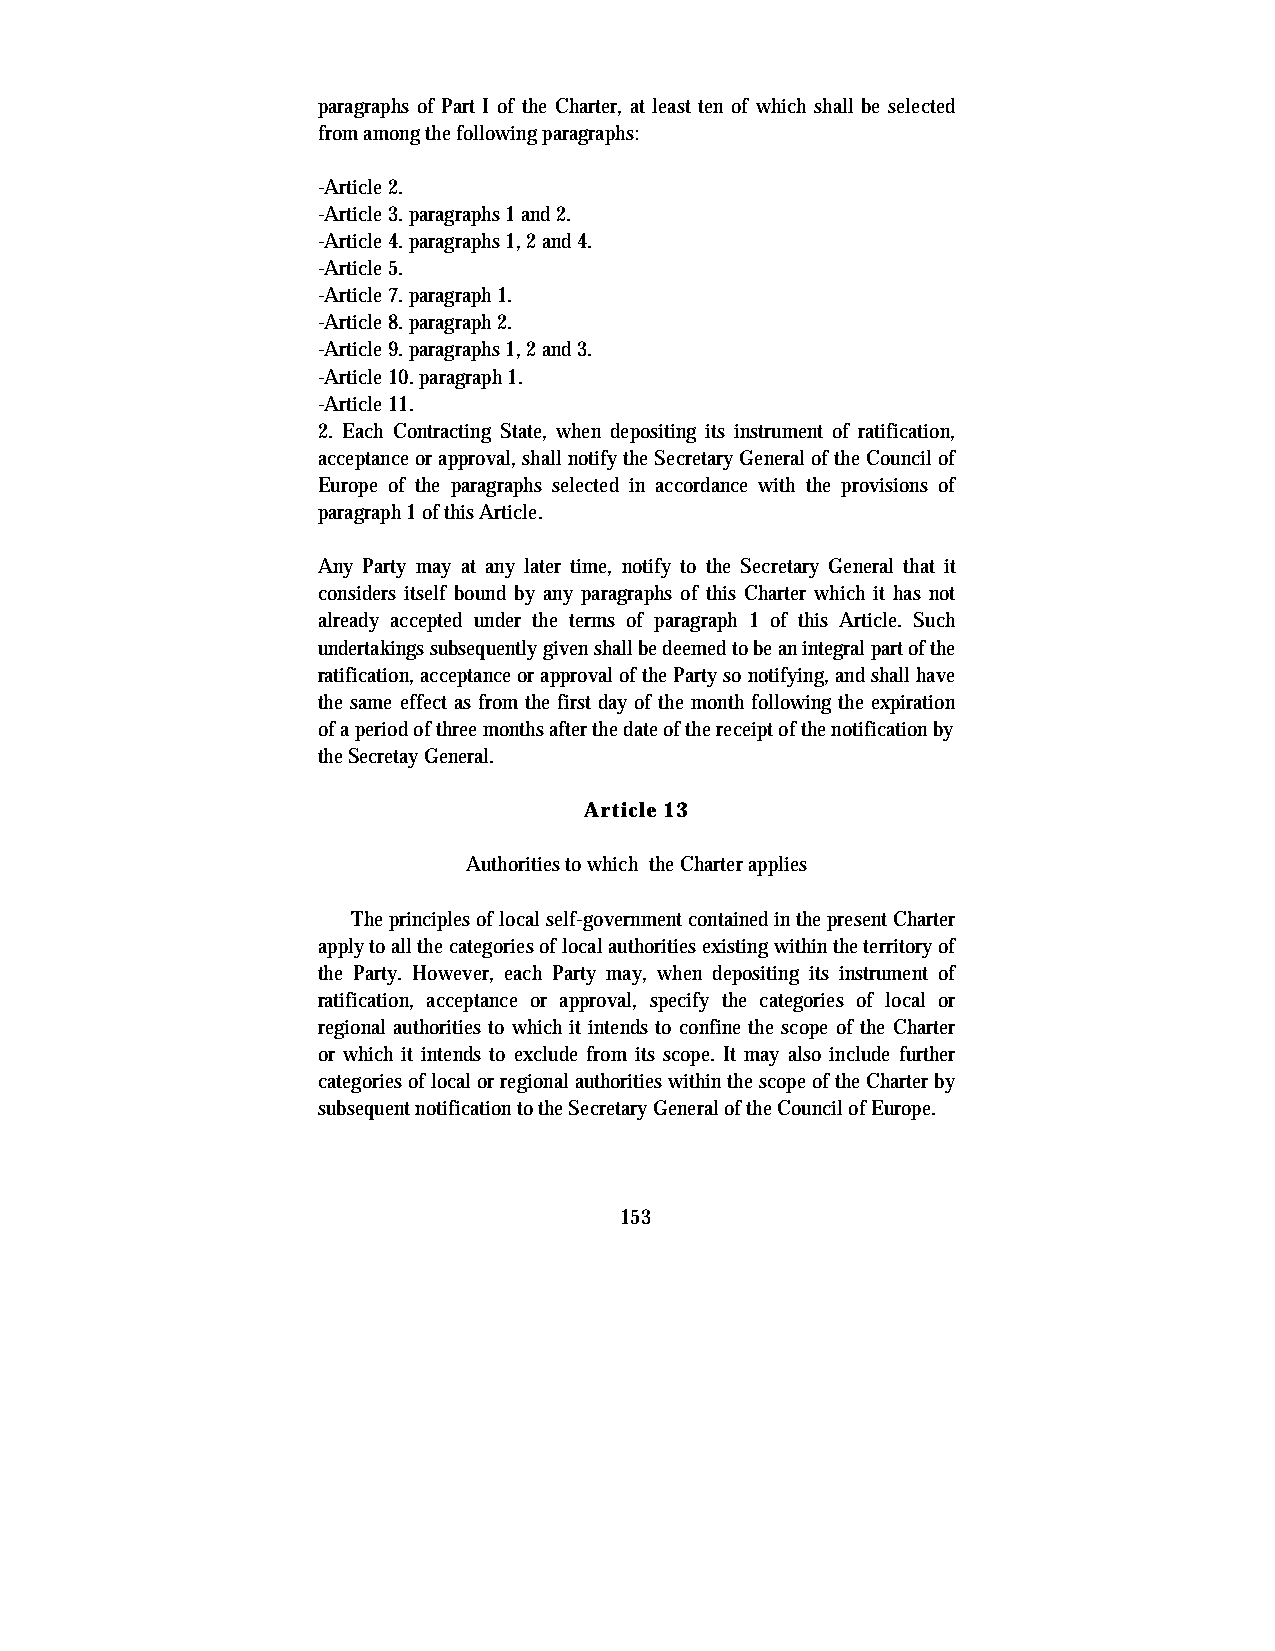
paragraphs of Part I of the Charter, at least ten of which shall be selected
 from among the following paragraphs:
 -Article 2.
 -Article 3. paragraphs 1 and 2.
 -Article 4. paragraphs 1, 2 and 4.
 -Article 5.
 -Article 7. paragraph 1.
 -Article 8. paragraph 2.
 -Article 9. paragraphs 1, 2 and 3.
 -Article 10. paragraph 1.
 -Article 11.
 2. Each Contracting State, when depositing its instrument of ratification,
 acceptance or approval, shall notify the Secretary General of the Council of
 Europe of the paragraphs selected in accordance with the provisions of
 paragraph 1 of this Article.
 Any Party may at any later time, notify to the Secretary General that it
 considers itself bound by any paragraphs of this Charter which it has not
 already accepted under the terms of paragraph 1 of this Article. Such
 undertakings subsequently given shall be deemed to be an integral part of the
 ratification, acceptance or approval of the Party so notifying, and shall have
 the same effect as from the first day of the month following the expiration
 of a period of three months after the date of the receipt of the notification by
 the Secretay General.
 Article 13
 Authorities to which the Charter applies
 The principles of local self-government contained in the present Charter
 apply to all the categories of local authorities existing within the territory of
 the Party. However, each Party may, when depositing its instrument of
 ratification, acceptance or approval, specify the categories of local or
 regional authorities to which it intends to confine the scope of the Charter
 or which it intends to exclude from its scope. It may also include further
 categories of local or regional authorities within the scope of the Charter by
 subsequent notification to the Secretary General of the Council of Europe.
 153